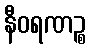
နီဝရဏဉ္စ